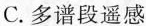
C.多谱段遥感